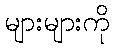
များများကို